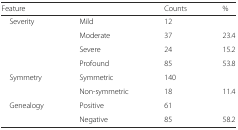
<table><thead><tr><td><b>Feature</b></td><td>[EMPTY_CELL]</td><td><b>Counts</b></td><td><b>%</b></td></tr></thead><tbody><tr><td rowspan="4"> Severity</td><td>Mild</td><td>12</td><td>[EMPTY_CELL]</td></tr><tr><td>Moderate</td><td>37</td><td>23.4</td></tr><tr><td>Severe</td><td>24</td><td>15.2</td></tr><tr><td>Profound</td><td>85</td><td>53.8</td></tr><tr><td rowspan="2"> Symmetry</td><td>Symmetric</td><td>140</td><td>[EMPTY_CELL]</td></tr><tr><td>Non-symmetric</td><td>18</td><td>11.4</td></tr><tr><td rowspan="2"> Genealogy</td><td>Positive</td><td>61</td><td>[EMPTY_CELL]</td></tr><tr><td>Negative</td><td>85</td><td>58.2</td></tr></tbody></table>